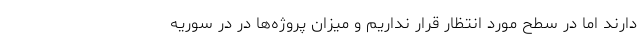
دارند اما در سطح مورد انتظار قرار نداریم و میزان پروژ‌ه‌ها در در سوریه